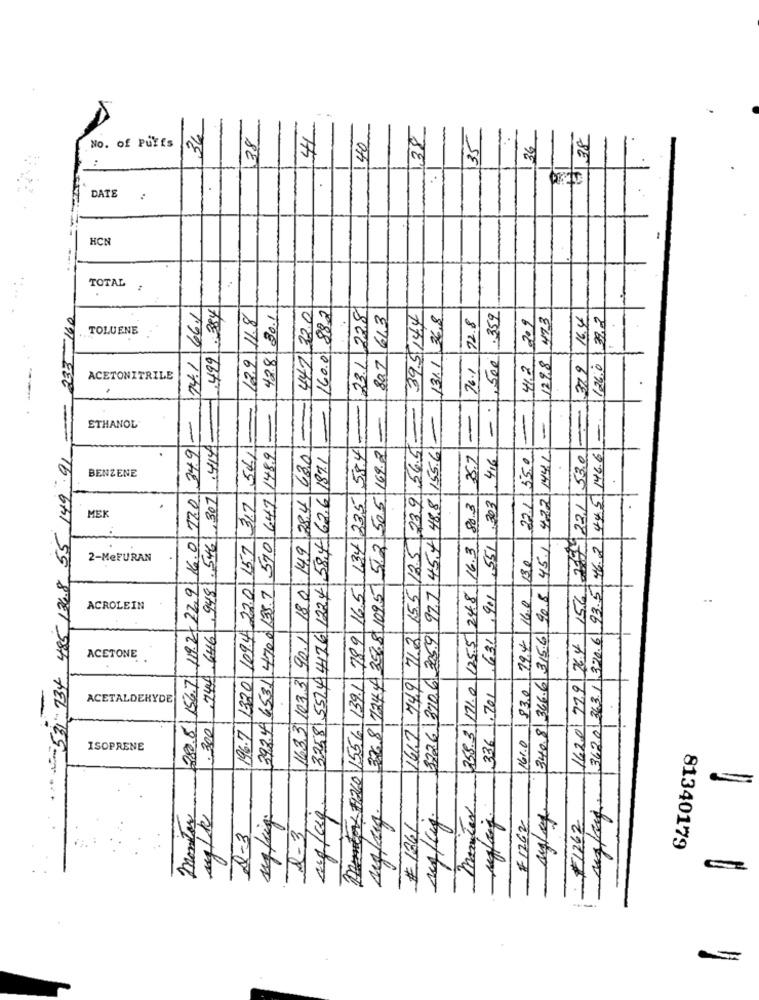
36
38
1,38
5138
No. of Puffs
40
35
36
DATE
HCN
TOTAL
23.1 208
=== 233-160
14.1 66.1
499384
12.9 11.8
428130.1
441 32.0
160.0 882
807 613
39.5144
131.1 36.8
72.8
.359
4/2/209
129.8 473
37.9 / 16.4
124.0 39.2
. TOLUENE
,500
76.1
ACETONITRILE
-
-
ETHANOL
74.A.646 9481.5461,307 .414=
239 56.5-
34.9
56/
58.4
505.169.2
149.91
510 641 1489
63.0
3258 5524 476 1224 584- 626 1871
488 155.6
8.7
4.6
22.1 55.0
422 MYL
156 2279221 530
93.5 46.2 445 1466
BENZENE
2808 156.7 119.2 229 16.0 17.0
789 165 1341235
303
196.7 1320 1094 22.0 157 317
149 28.4
80.3
485 136.8 55
MEK
97.7.45.41
16.3
5.2
15.5 12.5
.551
45.1
2-MeFURAN
13.6
39.2.49.6531 4700 135.7
1801
2568 1095
248
90.8
,901
16.0
..
ACROLEIN
16.3.3.10.3.3 90.1
712
3726 370 6 3059
125.5
,631
29.4
340.8 366.6 315.6
362.0.36.3.1 320.6
1620 779 76.4
ACETONE
531934
749
Mental 71260 1556 139.1
376 8 124.4
258.3\171.0
161.0 83.0
1.201
ACETALDEHYDE
300
16/2
336
ISOPRENE
manitas
monitor
# 1262
F1262
A-3
# 1861
Q-3
81340179
-